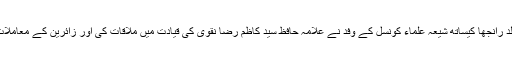
اس موقع پر اے سی ماڈل ٹاون خالد رانجھا کیساتھ شیعہ علماء کونسل کے وفد نے علامہ حافظ سید کاظم رضا نقوی کی قیادت میں ملاقات کی اور زائرین کے معاملات کے حوالے سے تبادلہ خیال کیا۔